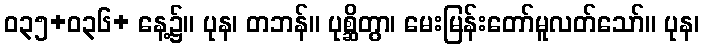
ဝ၃၅+ဝ၃၆+ နေ့၌။ ပုန၊ တဘန်။ ပုစ္ဆိတွာ၊ မေးမြန်းတော်မူလတ်သော်။ ပုန၊